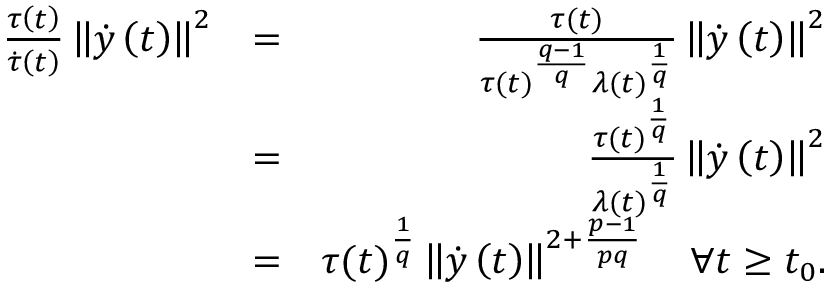
\begin{array} { r l r } { \frac { \tau \left( t \right) } { \dot { \tau } \left( t \right) } \left\lVert \dot { y } \left( t \right) \right\rVert ^ { 2 } } & { = } & { \frac { \tau ( t ) } { \tau ( t ) ^ { \frac { q - 1 } { q } } \lambda ( t ) ^ { \frac { 1 } { q } } } \left\lVert \dot { y } \left( t \right) \right\rVert ^ { 2 } } \\ & { = } & { \frac { \tau ( t ) ^ { \frac { 1 } { q } } } { \lambda ( t ) ^ { \frac { 1 } { q } } } \left\lVert \dot { y } \left( t \right) \right\rVert ^ { 2 } } \\ & { = } & { \tau ( t ) ^ { \frac { 1 } { q } } \left\lVert \dot { y } \left( t \right) \right\rVert ^ { 2 + \frac { p - 1 } { p q } } \quad \forall t \geq t _ { 0 } . } \end{array}